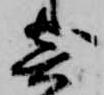
寄